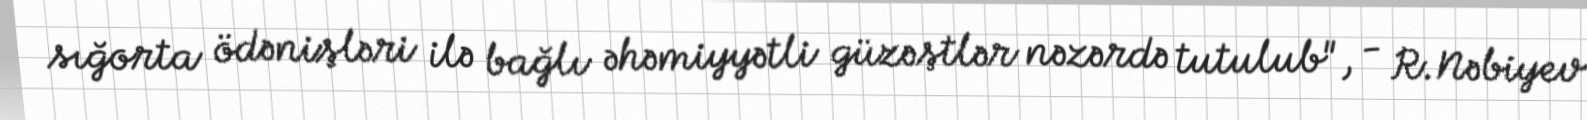
sığorta ödənişləri ilə bağlı əhəmiyyətli güzəştlər nəzərdə tutulub", - R.Nəbiyev